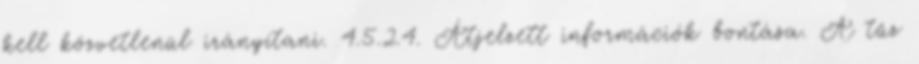
kell közvetlenül irányítani. 4.5.2.4. Átjelzett információk bontása. A tûz